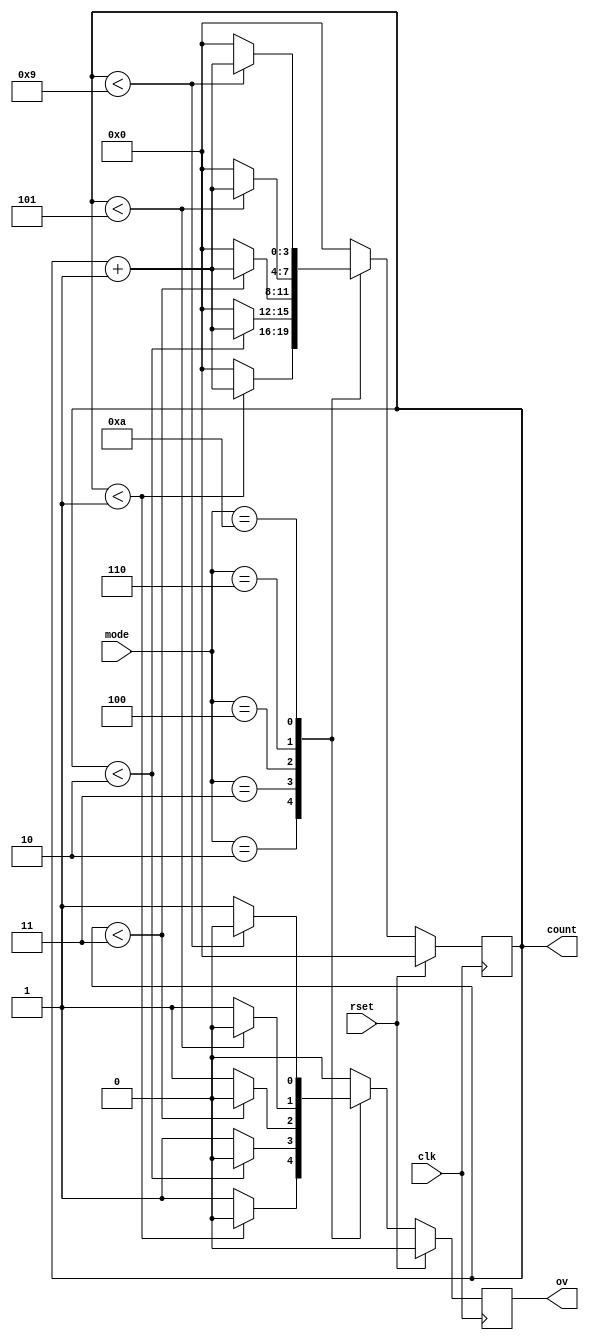
/*This verilog code defines a counter which can work as a
1. mod-2 counter
2. mod-3 counter
3. mod-4 counter
4. mod-6 counter
5. mod-10 counter
depending upon the value of mode
*/

module bcd_counter(output [3:0]count, output ov, input [3:0]mode, input clk, rset);

reg [3:0]count_temp = 4'd0;
reg ov_temp = 0;

assign count = count_temp;
assign ov = ov_temp;

always@(posedge clk)
begin
	if(rset)
	begin 
		count_temp <= 4'd0;
		ov_temp <= 0;
	end
	else
	begin
		case(mode)
		4'd2:begin		//mod-2 counter
			if(count_temp < 'd1 )
			begin
				count_temp <= count_temp + 4'd1;
				ov_temp <= 0;
			end
			else
			begin
				count_temp <= 4'd0;
				ov_temp <= 1;
			end
		end
		4'd3:begin		//mod-3 counter
			if(count_temp < 'd2 )
			begin
				count_temp <= count_temp + 4'd1;
				ov_temp <= 0;
			end
			else
			begin
				count_temp <= 4'd0;
				ov_temp <= 1;
			end
		end
		4'd4:begin		//mod-4 counter
			if(count_temp < 'd3 )
			begin
				count_temp <= count_temp + 4'd1;
				ov_temp <= 0;
			end
			else
			begin
				count_temp <= 4'd0;
				ov_temp <= 1;
			end
		end
		4'd6:begin		//mod-6 counter
			if(count_temp < 'd5 )
			begin
				count_temp <= count_temp + 4'd1;
				ov_temp <= 0;
			end
			else
			begin
				count_temp <= 4'd0;
				ov_temp <= 1;
			end
		end
		4'd10:begin		//mod-10 counter
			if(count_temp < 'd9 )
			begin
				count_temp <= count_temp + 4'd1;
				ov_temp <= 0;
			end
			else
			begin
				count_temp <= 4'd0;
				ov_temp <= 1;
			end
		end
		default:begin
			count_temp <= 0;
			ov_temp <= 0;
			end
		endcase
	end
end
endmodule